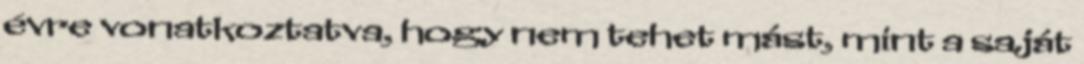
évre vonatkoztatva, hogy nem tehet mást, mint a saját